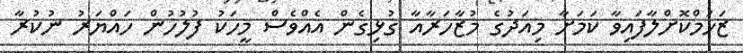
ޒަހަމްކޮށްލާފައިވާ ކަމަށާ މިއަދުގެ މުޒާހަރާއާ ގުޅިގެން އެއްވެސް މީހަކު ފުލުހުން ހައްޔަރު ނުކުރާ